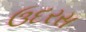
ઉદરસ